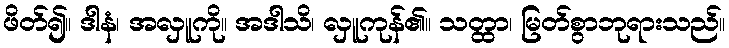
ဖိတ်၍။ ဒါနံ၊ အလှူကို။ အဒါသိ၊ လှူကုန်၏။ သတ္ထာ၊ မြတ်စွာဘုရားသည်။